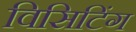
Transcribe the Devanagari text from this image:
विसिटिंग